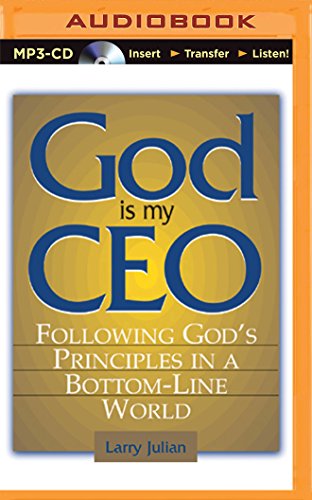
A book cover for God is My CEO: Following God's Principles in a Bottom-Line World; Larry Julian; Christian Books & Bibles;